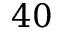
4 0